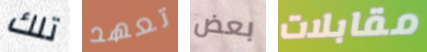
تلك تعهد بعض مقابلات